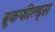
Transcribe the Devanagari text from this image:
ब्रूकफील्ड्स